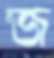
জ